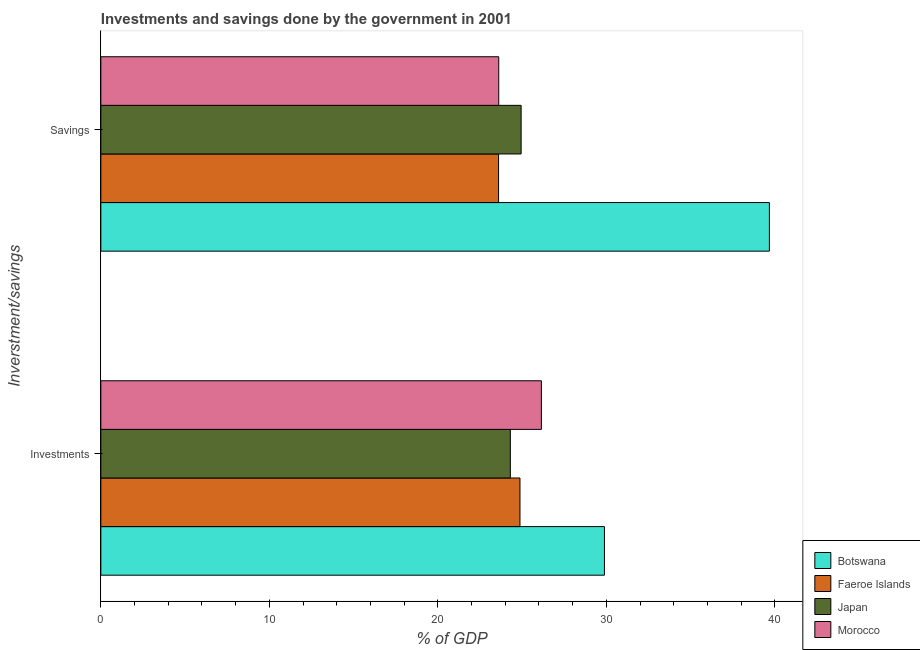
| Inverstment/savings | Botswana | Faeroe Islands | Japan | Morocco |
 | --- | --- | --- | --- | --- |
 | Investments | 29.9 | 24.9 | 24.3 | 26.1 |
 | Savings | 39.7 | 23.6 | 24.9 | 23.6 |